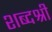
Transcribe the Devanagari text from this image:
शब्दश्री